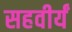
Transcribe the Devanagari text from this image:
सहवीर्यं